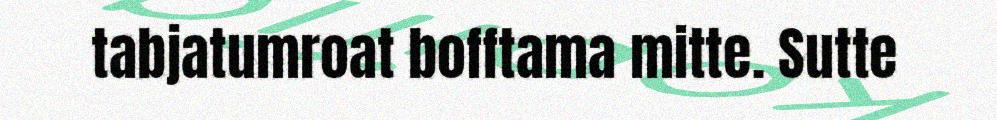
tabjatumroat bofftama mitte. Sutte